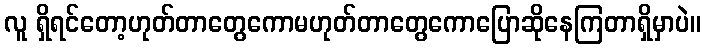
လူ ရှိရင်တော့ဟုတ်တာတွေကောမဟုတ်တာတွေကောပြောဆိုနေကြတာရှိမှာပဲ။